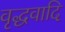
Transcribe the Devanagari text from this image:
वृद्धवादि